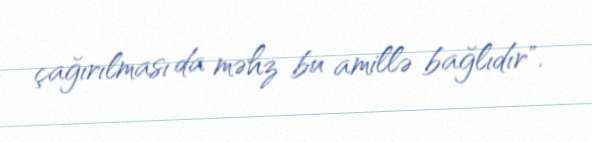
çağırılması da məhz bu amillə bağlıdır".